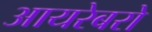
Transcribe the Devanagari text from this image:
आयरेबरो